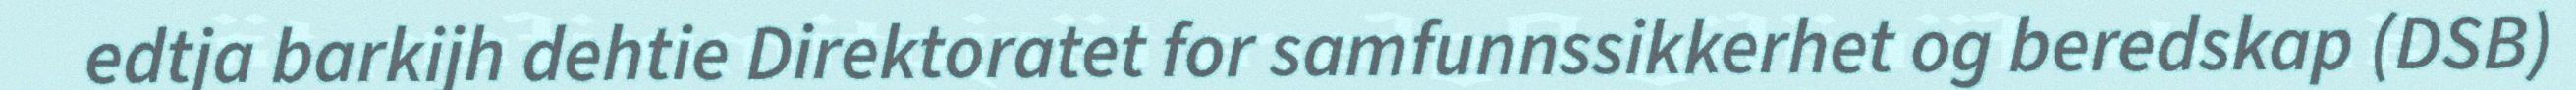
edtja barkijh dehtie Direktoratet for samfunnssikkerhet og beredskap (DSB)